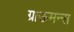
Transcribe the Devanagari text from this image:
ग्राऊमन्स